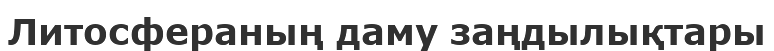
Литосфераның даму заңдылықтары